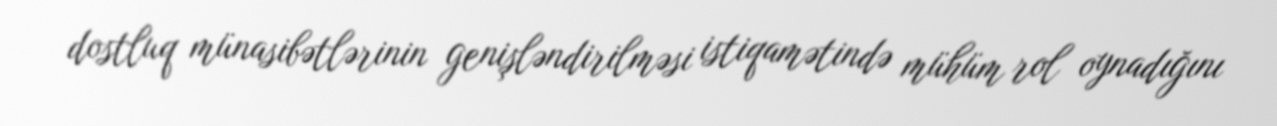
dostluq münasibətlərinin genişləndirilməsi istiqamətində mühüm rol oynadığını